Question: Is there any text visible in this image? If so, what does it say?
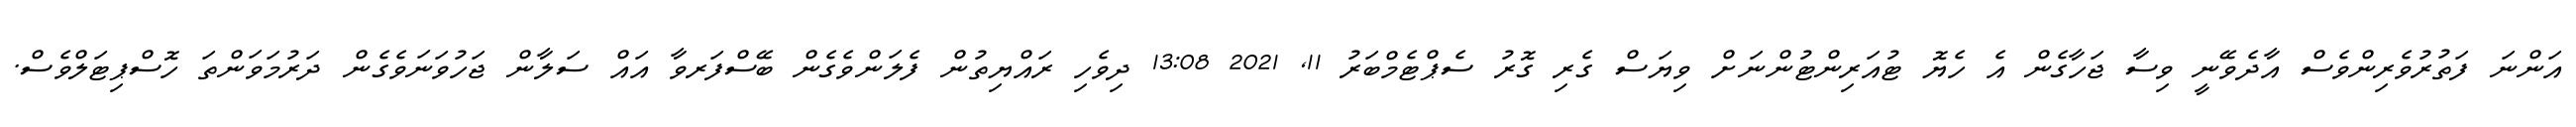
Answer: އަންނަ ފަތުރުވެރިންވެސް އާދެވޭނީ ވިސާ ޖަހާގެން އެ ހެޔޮ ޓުއަރިންޓުންނަށް ވިޔަސް ގެރި ގޮރު ސެޕްޓެމްބަރު 11, 2021 13:08 ދިވެހި ރައްޔިތުން ފެލަންވެގެން ބޭސްފަރވާ އައް ސަލާން ޖަހުވަނަވެގެން ދަރުމަވަންތަ ހޮސްޕިޓަލްވެސް.